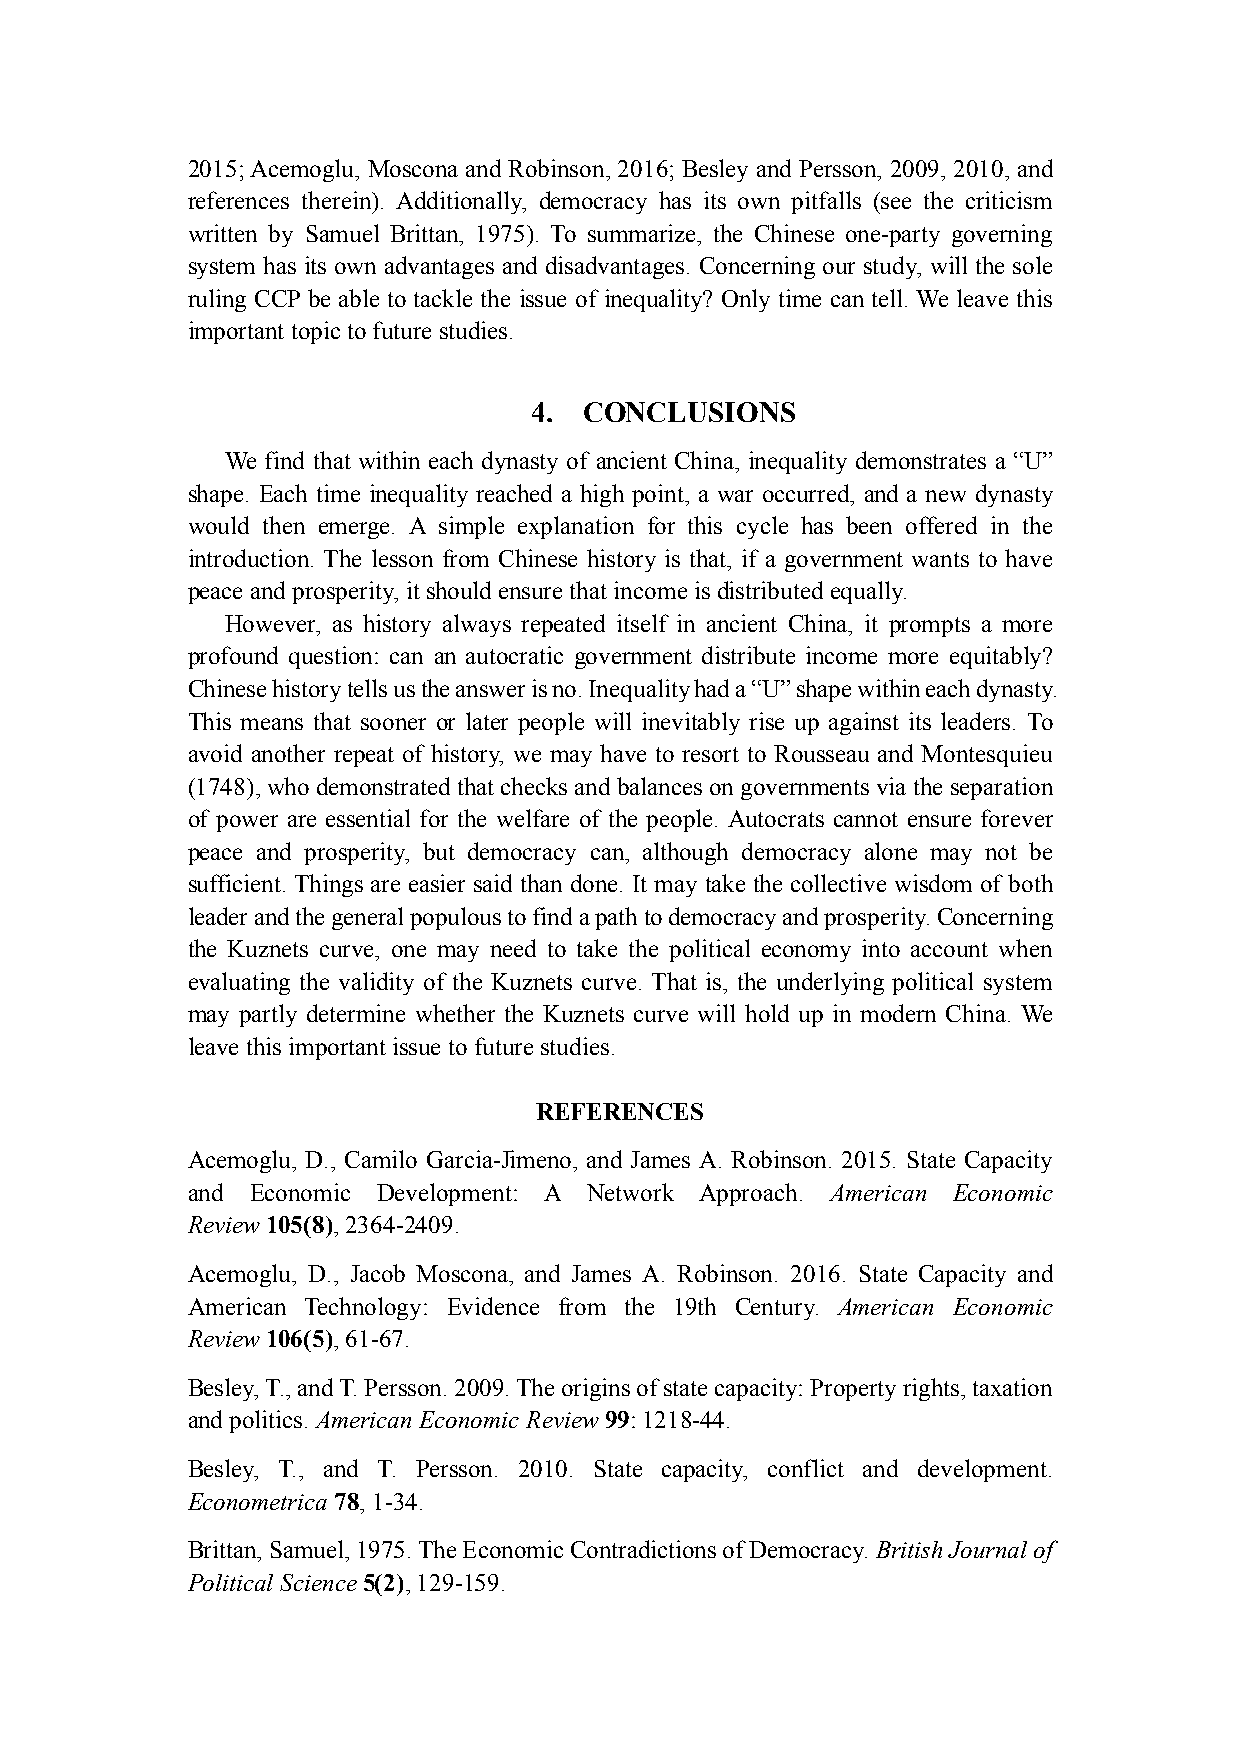
2015; Acemoglu, Moscona and Robinson, 2016; Besley and Persson, 2009, 2010, and
 references therein). Additionally, democracy has its own pitfalls (see the criticism
 written by Samuel Brittan, 1975). To summarize, the Chinese one-party governing
 system has its own advantages and disadvantages. Concerning our study, will the sole
 ruling CCP be able to tackle the issue of inequality? Only time can tell. We leave this
 important topic to future studies.
 4.  CONCLUSIONS
 We find that within each dynasty of ancient China, inequality demonstrates a “U”
 shape. Each time inequality reached a high point, a war occurred, and a new dynasty
 would then emerge. A simple explanation for this cycle has been offered in the
 introduction. The lesson from Chinese history is that, if a government wants to have
 peace and prosperity, it should ensure that income is distributed equally.
 However, as history always repeated itself in ancient China, it prompts a more
 profound question: can an autocratic government distribute income more equitably?
 Chinese history tells us the answer is no. Inequality had a “U” shape within each dynasty.
 This means that sooner or later people will inevitably rise up against its leaders. To
 avoid another repeat of history, we may have to resort to Rousseau and Montesquieu
 (1748), who demonstrated that checks and balances on governments via the separation
 of power are essential for the welfare of the people. Autocrats cannot ensure forever
 peace and prosperity, but democracy can, although democracy alone may not be
 sufficient. Things are easier said than done. It may take the collective wisdom of both
 leader and the general populous to find a path to democracy and prosperity. Concerning
 the Kuznets curve, one may need to take the political economy into account when
 evaluating the validity of the Kuznets curve. That is, the underlying political system
 may partly determine whether the Kuznets curve will hold up in modern China. We
 leave this important issue to future studies.
 REFERENCES
 Acemoglu, D., Camilo Garcia-Jimeno, and James A. Robinson. 2015. State Capacity
 and  Economic Development: A Network Approach. American Economic
 Review 105(8), 2364-2409.
 Acemoglu, D., Jacob Moscona, and James A. Robinson. 2016. State Capacity and
 American Technology: Evidence from the 19th Century. American Economic
 Review 106(5), 61-67.
 Besley, T., and T. Persson. 2009. The origins of state capacity: Property rights, taxation
 and politics. American Economic Review 99: 1218-44.
 Besley, T., and T. Persson. 2010. State capacity, conflict and development.
 Econometrica 78, 1-34.
 Brittan, Samuel, 1975. The Economic Contradictions of Democracy. British Journal of
 Political Science 5(2), 129-159.